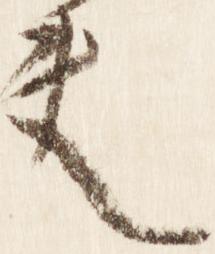
夫